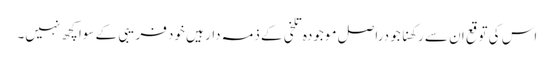
اس کی توقع ان سے رکھنا جو دراصل موجودہ تلخی کے ذمہ دار ہیں خود فریبی کے سوا کچھ نہیں۔